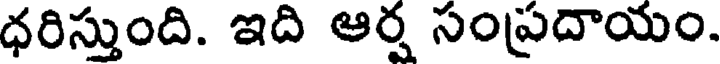
ధరిస్తుంది. ఇది ఆర్ష సంప్రదాయం.